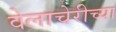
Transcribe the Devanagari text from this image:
वेलाचेरीच्या